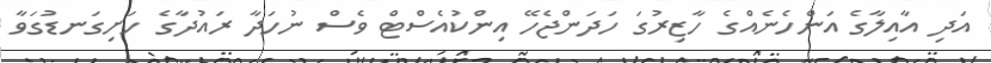
އަދި އާއިލާގެ އަންހެނެއްގެ ހާޒިރުގަ ހަދަންޖެހޭ އިންކުއެސްޓް ވެސް ނުހަދާ ރައުދާގެ ހަށިގަނޑުގަވާ